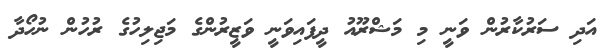
އަދި ސަރުކާރުން ވަނީ މި މަޝްރޫއު ދީފައިވަނީ ވަޒީރުންގެ މަޖިލިހުގެ ރުހުން ނުހޯދާ